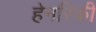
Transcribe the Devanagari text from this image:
हेनरिकी